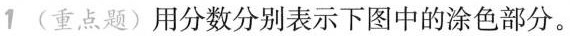
1(重点题)用分数分别表示下图中的涂色部分。